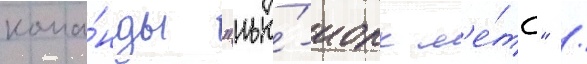
кома́нды "нью́-иорк м'е́тс" /